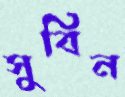
সুবিন